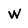
Character: W